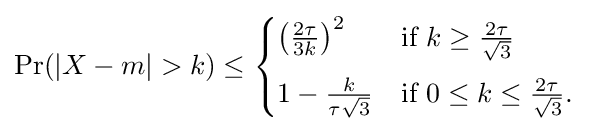
\Pr(|X-m|>k)\leq {\begin{cases}\left({\frac {2\tau }{3k}}\right)^{2}&{\text{if }}k\geq {\frac {2\tau }{\sqrt {3}}}\\[6pt]1-{\frac {k}{\tau {\sqrt {3}}}}&{\text{if }}0\leq k\leq {\frac {2\tau }{\sqrt {3}}}.\end{cases}}